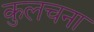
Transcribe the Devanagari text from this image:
कुलचना